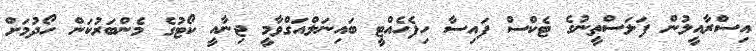
އިސްރާއީލުން ފަލަސްތީނުގެ ޓެކްސް ފައިސާ ހިފެހެއްޓީ ބައިނަލްއަގްވާމީ ޖިނާއީ ކޯޓުގެ މެންބަރުކަން ހޯދުމަށް